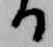
る